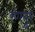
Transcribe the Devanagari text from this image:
रणपुर